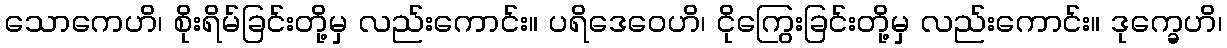
သောကေဟိ၊ စိုးရိမ်ခြင်းတို့မှ လည်းကောင်း။ ပရိဒေဝေဟိ၊ ငိုကြွေးခြင်းတို့မှ လည်းကောင်း။ ဒုက္ခေဟိ၊